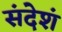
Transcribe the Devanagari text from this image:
संदेशं